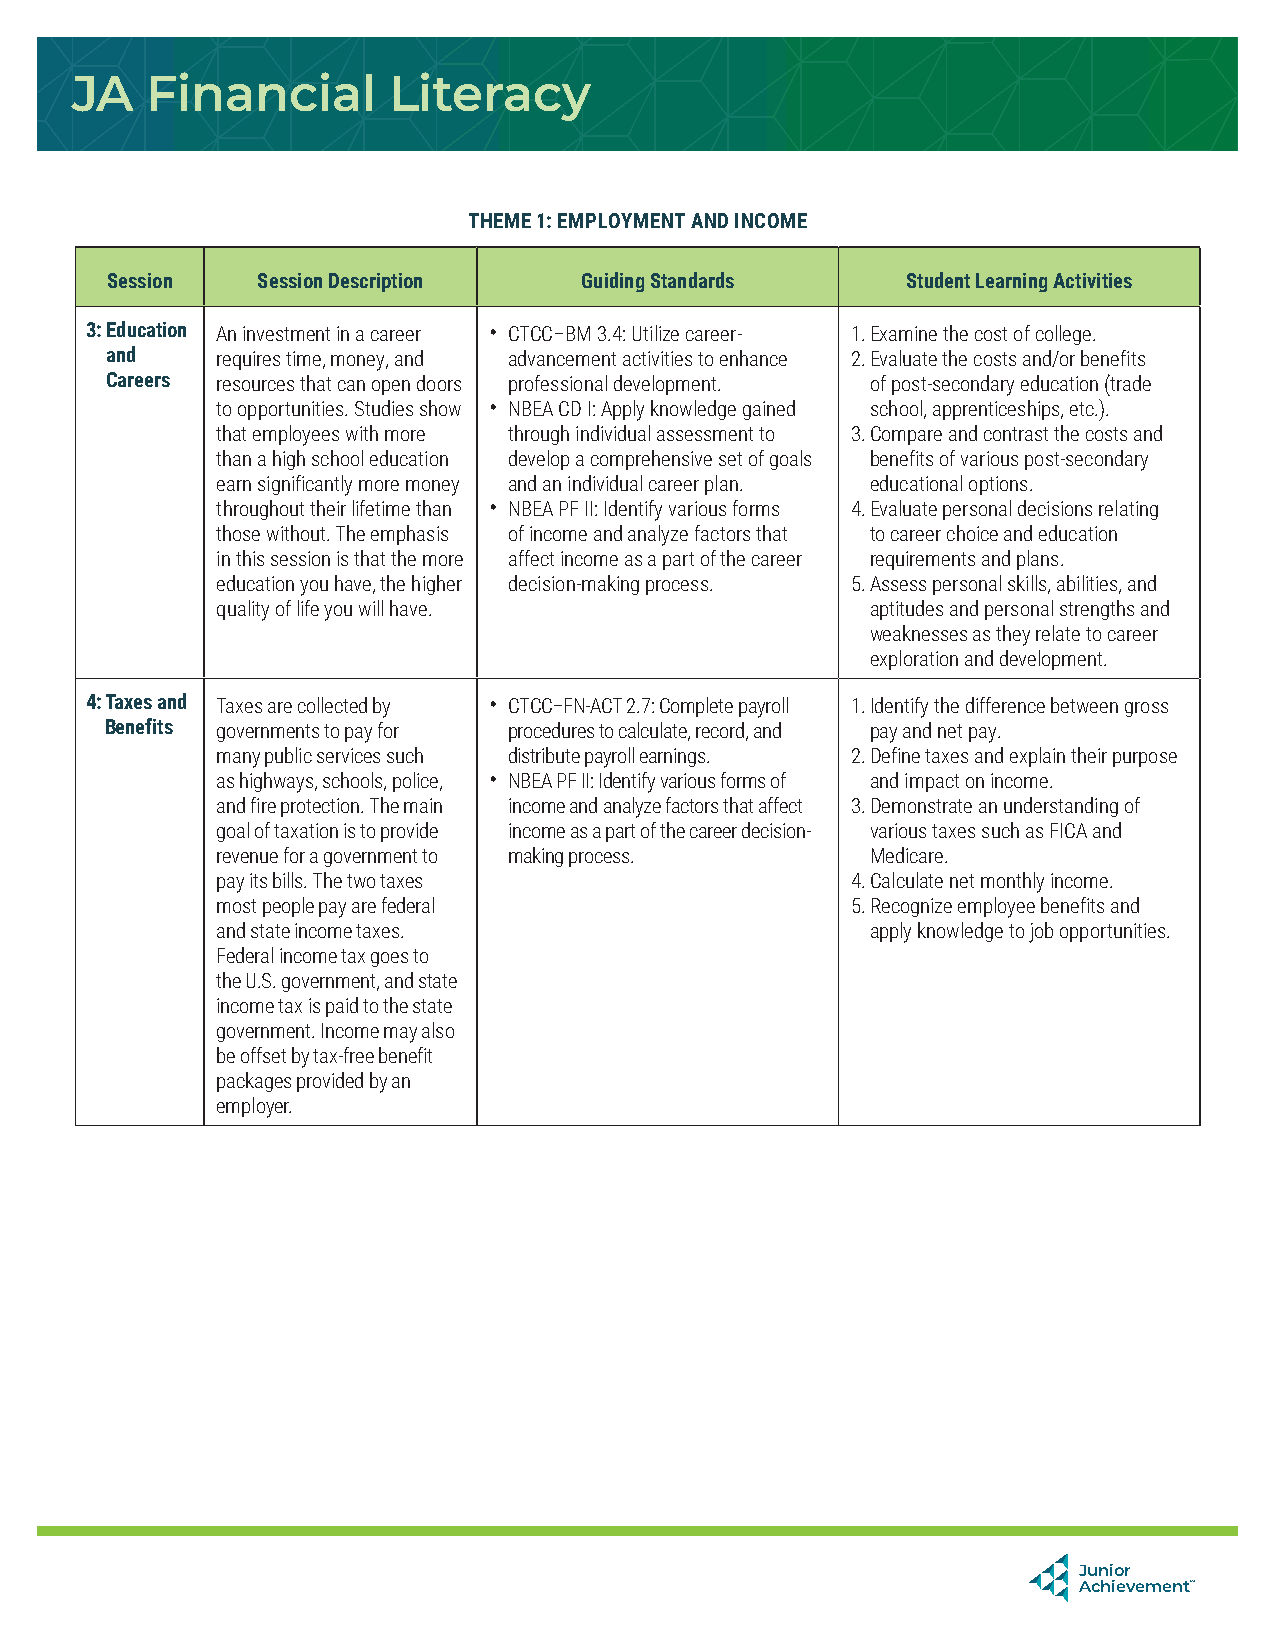
JA   Financial       Literacy
 THEME 1: EMPLOYMENT AND INCOME
 Session   Session Description  Guiding Standards     Student Learning Activities
 3: Education An investment in a career • CTCC–BM 3.4: Utilize career- 1. Examine the cost of college.
 and    requires time, money, and advancement activities to enhance 2. Evaluate the costs and/or benefits
 Careers resources that can open doors professional development. of post-secondary education (trade
 to opportunities. Studies show • NBEA CD I: Apply knowledge gained school, apprenticeships, etc.).
 that employees with more through individual assessment to 3. Compare and contrast the costs and
 than a high school education develop a comprehensive set of goals benefits of various post-secondary
 earn significantly more money and an individual career plan. educational options.
 throughout their lifetime than • NBEA PF II: Identify various forms 4. Evaluate personal decisions relating
 those without. The emphasis of income and analyze factors that to career choice and education
 in this session is that the more affect income as a part of the career requirements and plans.
 education you have, the higher decision-making process. 5. Assess personal skills, abilities, and
 quality of life you will have.              aptitudes and personal strengths and
 weaknesses as they relate to career
 exploration and development.
 4: Taxes and Taxes are collected by • CTCC–FN-ACT 2.7: Complete payroll 1. Identify the difference between gross
 Benefits governments to pay for procedures to calculate, record, and pay and net pay.
 many public services such distribute payroll earnings. 2. Define taxes and explain their purpose
 as highways, schools, police, • NBEA PF II: Identify various forms of and impact on income.
 and fire protection. The main income and analyze factors that affect 3. Demonstrate an understanding of
 goal of taxation is to provide income as a part of the career decision- various taxes such as FICA and
 revenue for a government to making process. Medicare.
 pay its bills. The two taxes              4. Calculate net monthly income.
 most people pay are federal               5. Recognize employee benefits and
 and state income taxes.                     apply knowledge to job opportunities.
 Federal income tax goes to
 the U.S. government, and state
 income tax is paid to the state
 government. Income may also
 be offset by tax-free benefit
 packages provided by an
 employer.
 Junior
 Achievement™